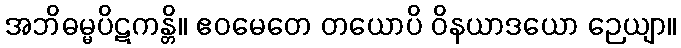
အဘိဓမ္မပိဋကန္တိ။ ဧဝမေတေ တယောပိ ဝိနယာဒယော ဉေယျာ။